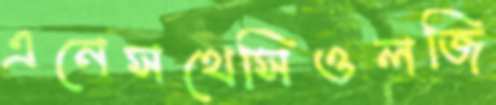
এনেসথেসিওলজি